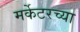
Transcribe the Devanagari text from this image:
मर्केटरच्या